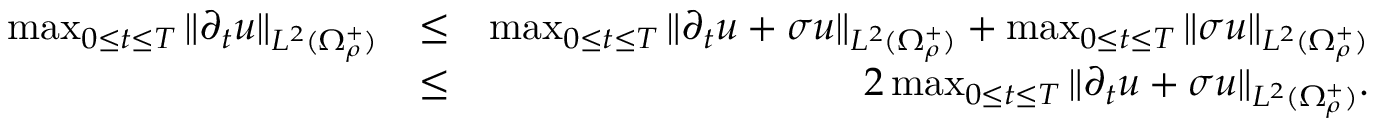
\begin{array} { r l r } { \operatorname* { m a x } _ { 0 \leq t \leq T } \| \partial _ { t } u \| _ { L ^ { 2 } ( \Omega _ { \rho } ^ { + } ) } } & { \leq } & { \operatorname* { m a x } _ { 0 \leq t \leq T } \| \partial _ { t } u + \sigma u \| _ { L ^ { 2 } ( \Omega _ { \rho } ^ { + } ) } + \operatorname* { m a x } _ { 0 \leq t \leq T } \| \sigma u \| _ { L ^ { 2 } ( \Omega _ { \rho } ^ { + } ) } } \\ & { \leq } & { 2 \operatorname* { m a x } _ { 0 \leq t \leq T } \| \partial _ { t } u + \sigma u \| _ { L ^ { 2 } ( \Omega _ { \rho } ^ { + } ) } . } \end{array}